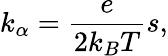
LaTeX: k_{\alpha}=\frac{e}{2k_{B}T}s,